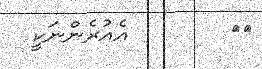
٢٠        އެއުރެންނަކީ